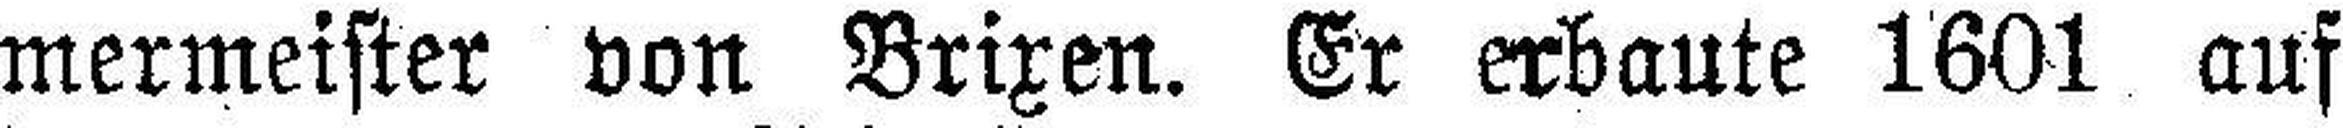
mermeister von Brixen. Er erbaute 1601 auf